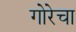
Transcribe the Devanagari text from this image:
गोरेचा